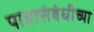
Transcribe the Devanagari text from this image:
पात्रासंबंधीच्या